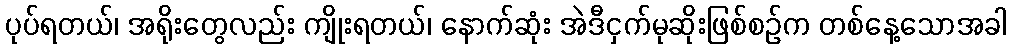
ပုပ်ရတယ်၊ အရိုးတွေလည်း ကျိုးရတယ်၊ နောက်ဆုံး အဲဒီငှက်မုဆိုးဖြစ်စဉ်က တစ်နေ့သောအခါ